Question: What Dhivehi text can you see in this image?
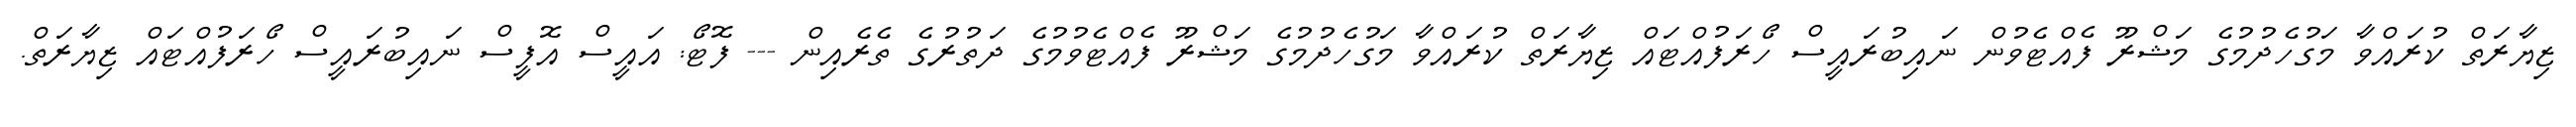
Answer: ޒިޔާރަތް ކުރައްވާ މަގުހެދުމުގެ މަޝްރޫ ފެއްޓެވުން ނައިބުރައީސް ހޯރަފުއްޓައް ޒިޔާރަތް ކުރައްވާ މަގުހެދުމުގެ މަޝްރޫ ފެއްޓެވުމުގެ ދަތުރުގެ ތެރެއިން --- ފޮޓޯ: އައީސް އޮފީސް ނައިބުރައީސް ހޯރަފުއްޓައް ޒިޔާރަތް.